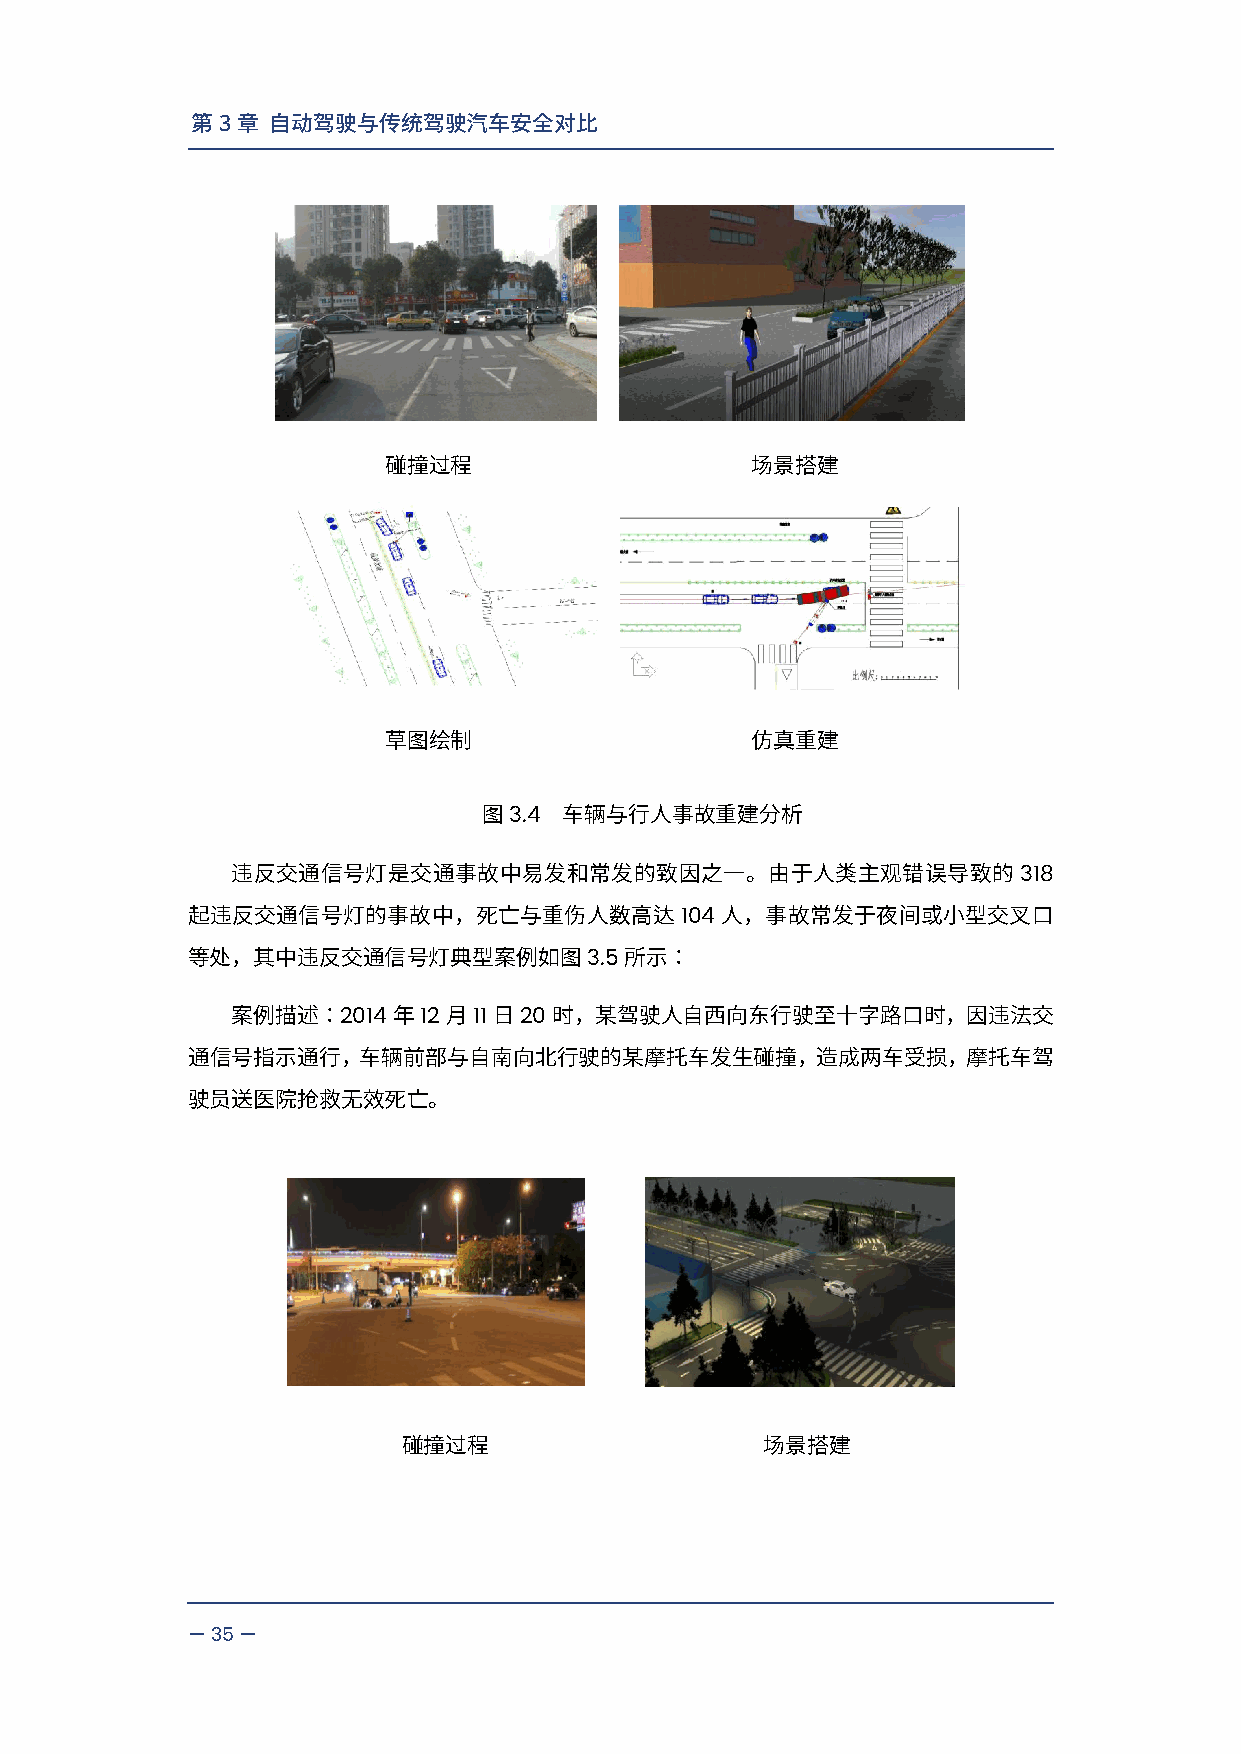
第3章  自动驾驶与传统驾驶汽车安全对比
 碰撞过程                     场景搭建
 草图绘制                     仿真重建
 3.4
 图    车辆与行人事故重建分析
 318
 违反交通信号灯是交通事故中易发和常发的致因之一。由于人类主观错误导致的
 104
 起违反交通信号灯的事故中，死亡与重伤人数高达              人，事故常发于夜间或小型交叉口
 3.5
 等处，其中违反交通信号灯典型案例如图           所示：
 2014  12 11 20
 案例描述：      年  月   日   时，某驾驶人自西向东行驶至十字路口时，因违法交
 通信号指示通行，车辆前部与自南向北行驶的某摩托车发生碰撞，造成两车受损，摩托车驾
 驶员送医院抢救无效死亡。
 碰撞过程                   场景搭建
 —35—